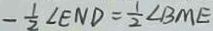
- \frac { 1 } { 2 } \angle E N D = \frac { 1 } { 2 } \angle B M E